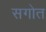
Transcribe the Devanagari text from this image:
सगोत